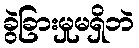
ခွဲခြားမှုမရှိဘဲ